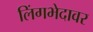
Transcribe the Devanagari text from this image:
लिंगभेदावर